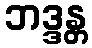
ဘဒ္ဒန္တ